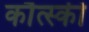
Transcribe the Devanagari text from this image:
कौत्स्की